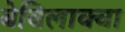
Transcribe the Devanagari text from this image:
बेविलाक्वा